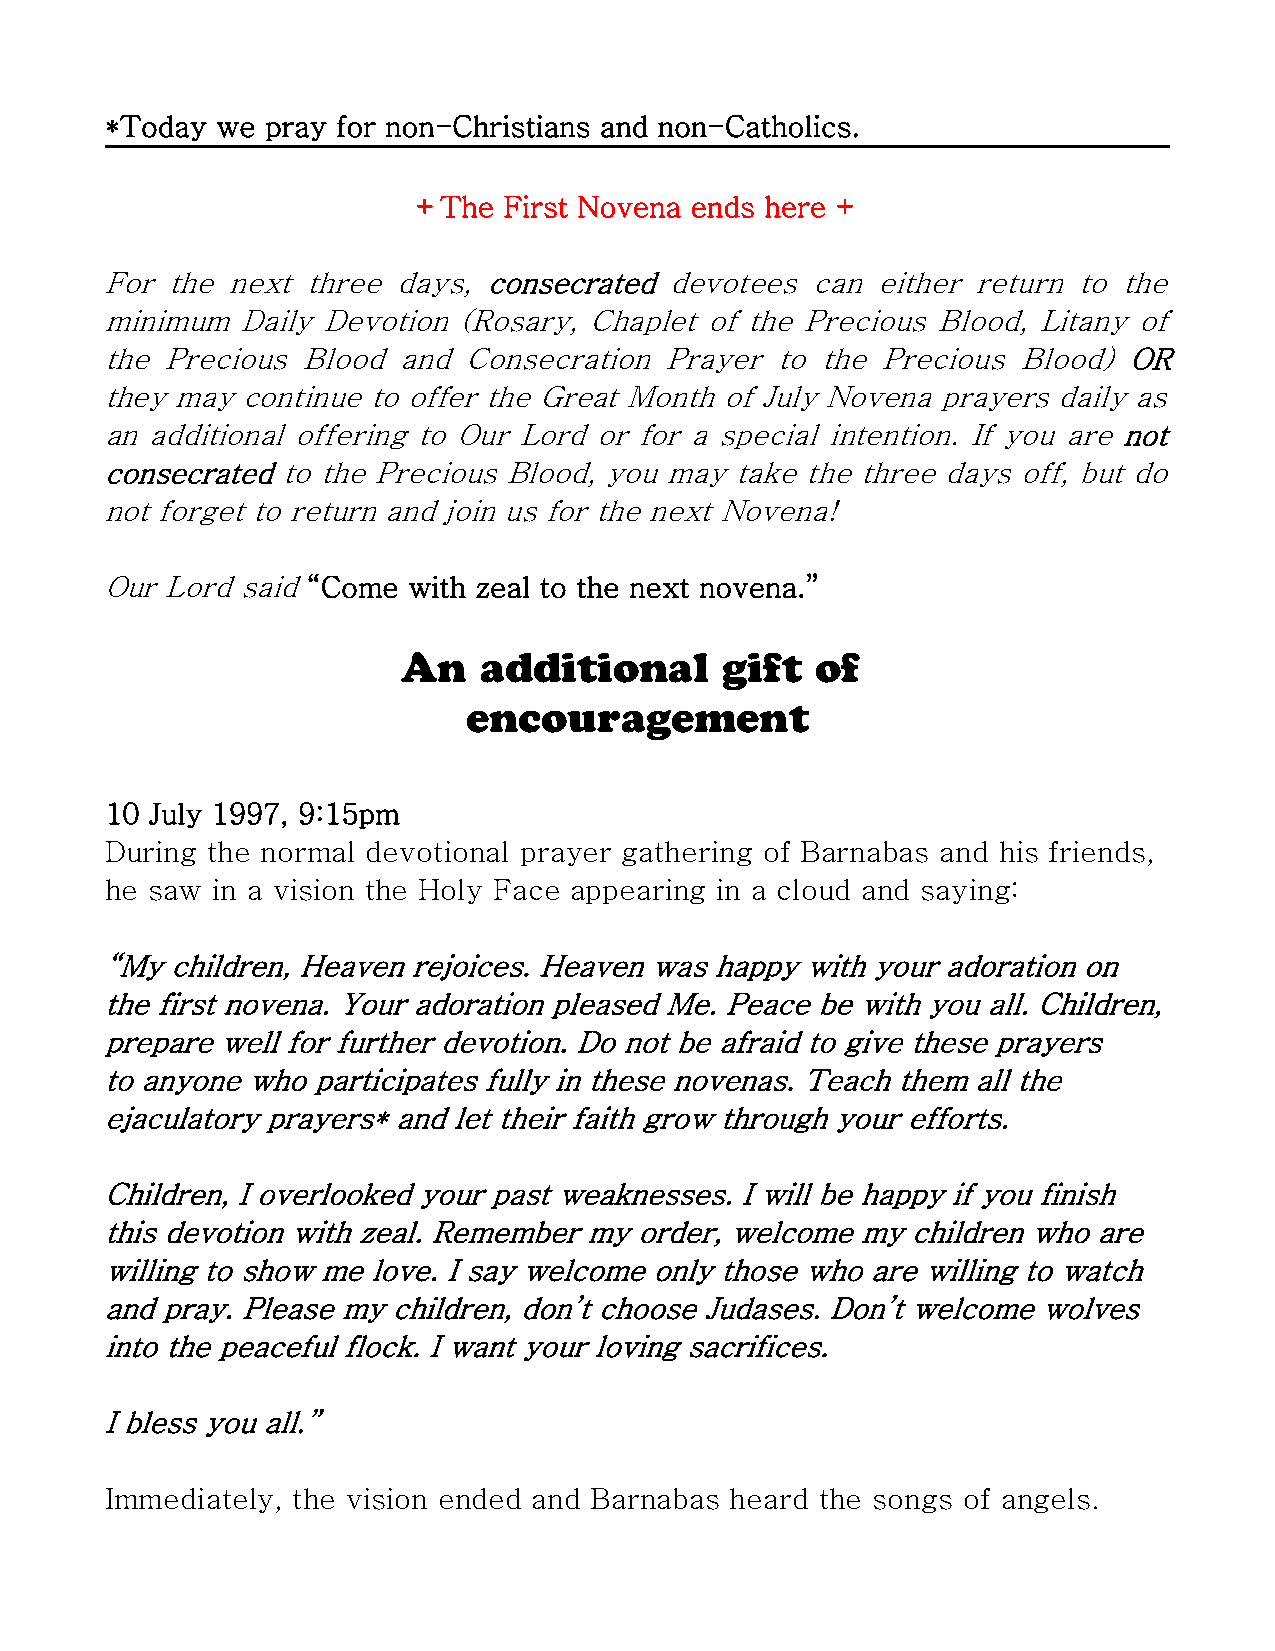
*Today we  pray for non-Christians and non-Catholics.
 +The First Novena ends here +
 For the next three days, consecrated devotees  can either return to the
 minimum  Daily Devotion (Rosary, Chaplet of the Precious Blood, Litany of
 the Precious Blood and  Consecration Prayer to the Precious  Blood) OR
 they may continue to offer the Great Month of July Novena prayers daily as
 an additional offering to Our Lord or for a special intention. If you are not
 consecrated to the Precious Blood, you may take the three days off, but do
 not forget to return and join us for the next Novena!
 Our Lord said “Come with zeal to the next novena.”
 An   additional      gift  of
 encouragement
 10 July 1997, 9:15pm
 During the normal devotional prayer gathering of Barnabas and his friends,
 he saw in a vision the Holy Face appearing in a cloud and saying:
 “My children, Heaven rejoices. Heaven was happy with your adoration on
 the first novena. Your adoration pleased Me. Peace be with you all. Children,
 prepare well for further devotion. Do not be afraid to give these prayers
 to anyone who participates fully in these novenas. Teach them all the
 ejaculatory prayers* and let their faith grow through your efforts.
 Children, I overlooked your past weaknesses. I will be happy if you finish
 this devotion with zeal. Remember my order, welcome my children who are
 willing to show me love. I say welcome only those who are willing to watch
 and pray. Please my children, don’t choose Judases. Don’t welcome wolves
 into the peaceful flock. I want your loving sacrifices.
 I bless you all.”
 Immediately, the vision ended and Barnabas heard the songs of angels.